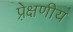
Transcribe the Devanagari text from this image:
प्रे़क्षणीय